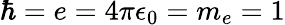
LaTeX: \hbar=e=4\pi\epsilon_{0}=m_{e}=1